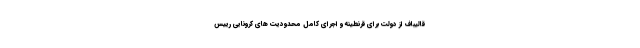
قالیباف از دولت برای قرنطینه و اجرای کامل محدودیت ‌های کرونایی رییس